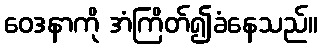
ဝေဒနာကို အံကြိတ်၍ခံနေသည်။